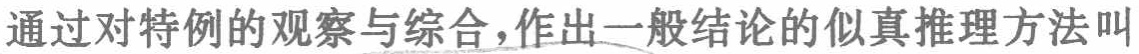
通过对特例的观察与综合，作出一般结论的似真推理方法叫